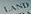
LAND